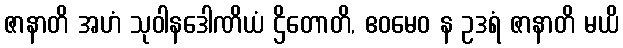
ဇာနာတိ အဟံ သုဝါနဒေါဏိယံ ဌိတောတိ, ဧဝမေဝ န ဥဒရံ ဇာနာတိ မယိ